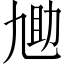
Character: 𫦬